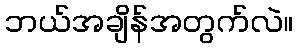
ဘယ်အချိန်အတွက်လဲ။